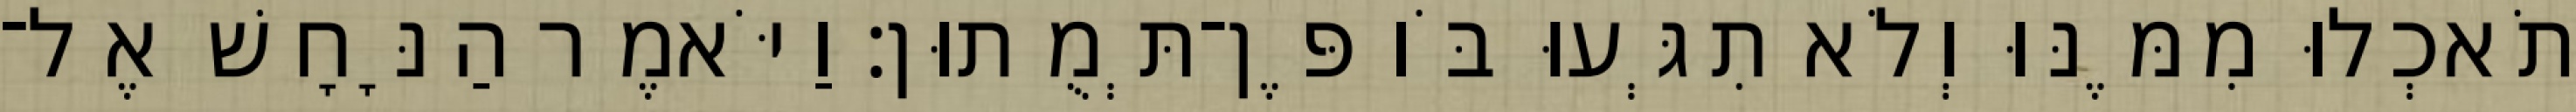
תֹאכְלוּ מִמֶּנּוּ וְלֹא תִגְּעוּ בֹּו פֶּן־תְּמֻתוּן׃ וַיֹּאמֶר הַנָּחָשׁ אֶל־